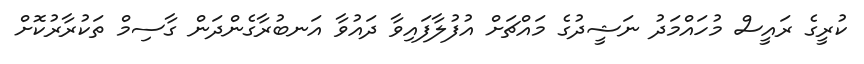
ކުރީގެ ރައީސް މުހައްމަދު ނަޝީދުގެ މައްޗަށް އުފުލާފައިވާ ދައުވާ އަނބުރާގެންދަން ގާސިމް ތަކުރާރުކޮށް